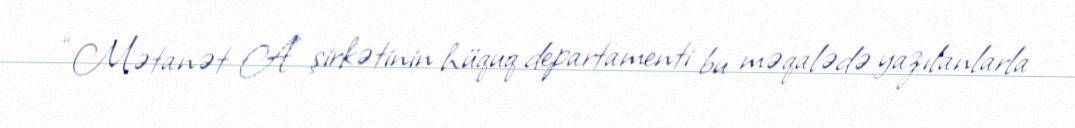
“Mətanət A” şirkətinin hüquq departamenti bu məqalədə yazılanlarla